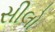
સીલો